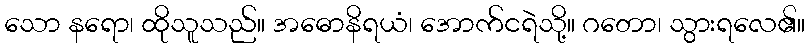
သော နရော၊ ထိုသူသည်။ အဓောနိရယံ၊ အောက်ငရဲသို့။ ဂတော၊ သွားရလေ၏။